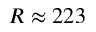
R \approx 2 2 3